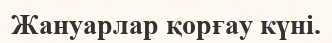
Жануарлар қорғау күні.